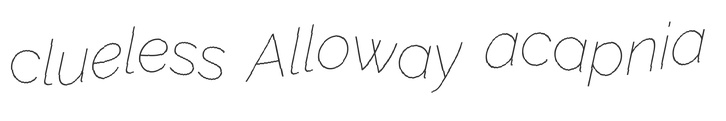
clueless Alloway acapnia